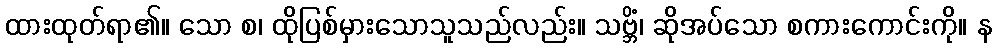
ထားထုတ်ရာ၏။ သော စ၊ ထိုပြစ်မှားသောသူသည်လည်း။ သဗ္ဘိံ၊ ဆိုအပ်သော စကားကောင်းကို။ န